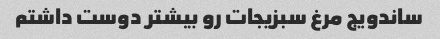
ساندویج مرغ سبزیجات رو بیشتر دوست داشتم